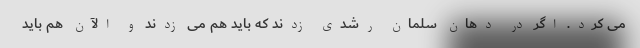
می کرد. اگر در دهان سلمان رشدی زدند که باید هم می زدند و الآن هم باید